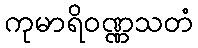
ကုမာရိဝဏ္ဏသတံ